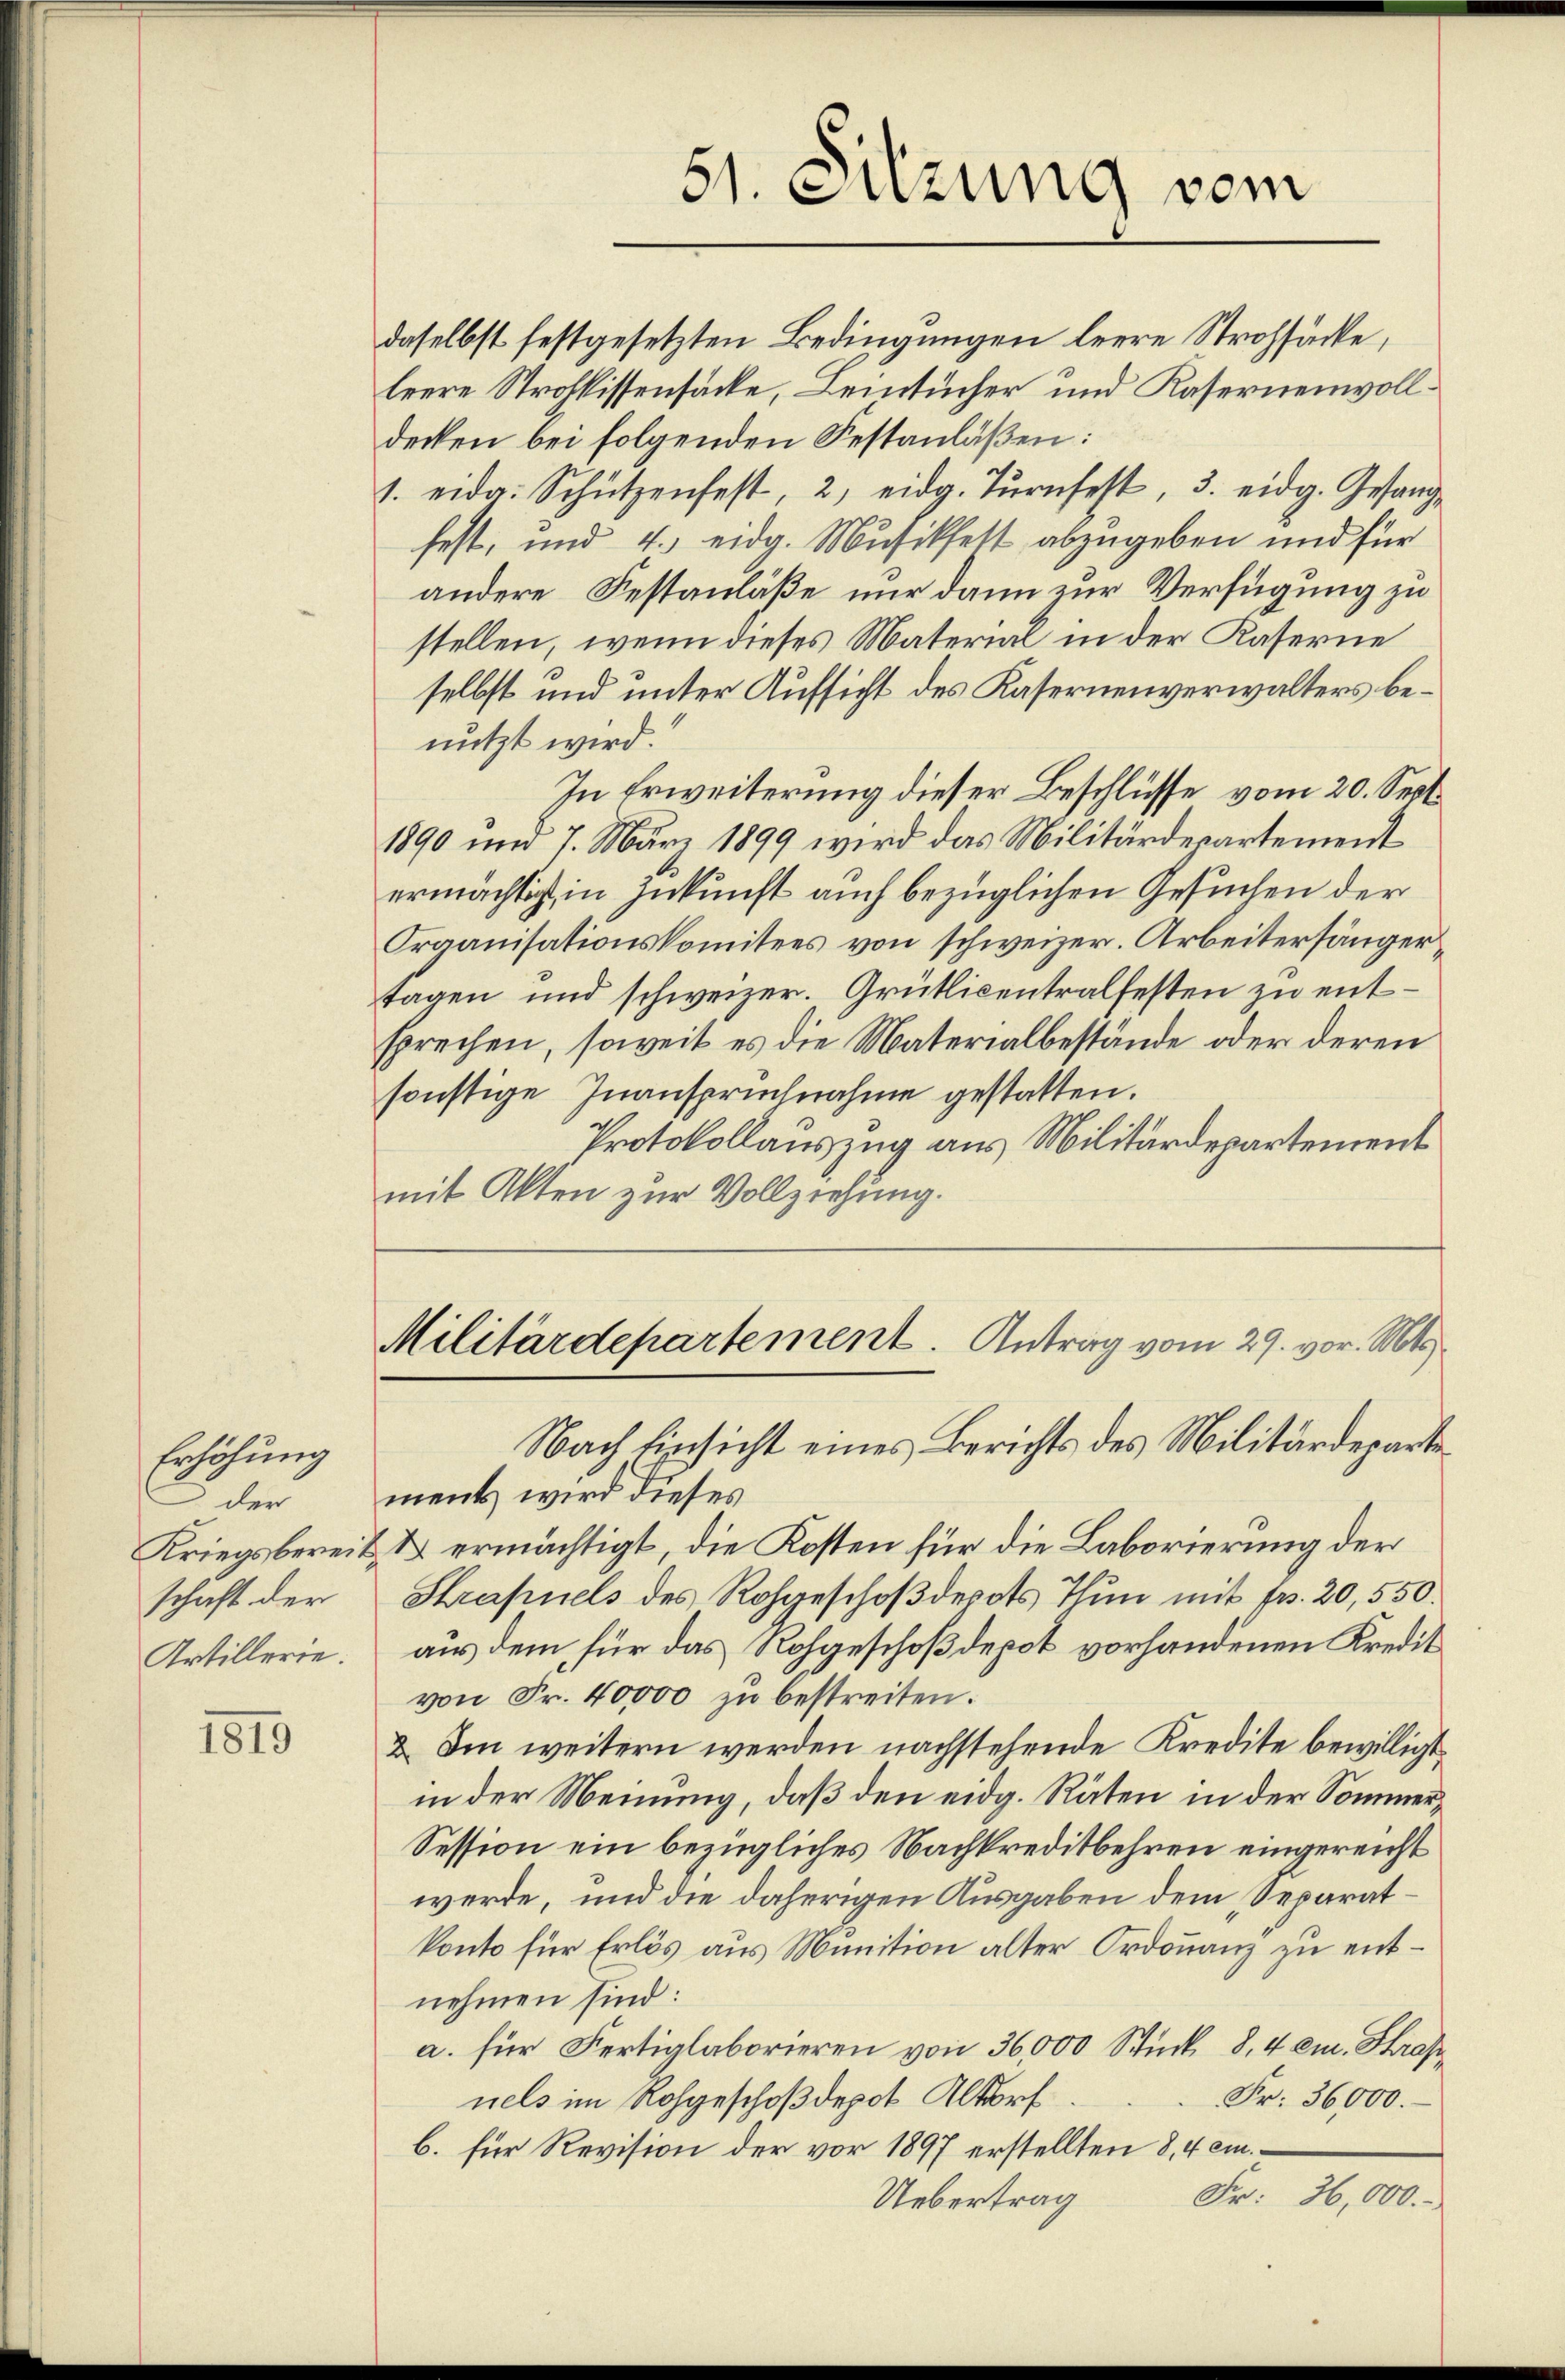
Erhöhung
 der
Kriegsbereit
schaft der
Artillerie.

1819

51. Suzung vom

Militärdepartement. Antrag vom 29. vor. Mts.

daselbst festgesetzten Bedingungen leere Strohsäcke,
leere Strohlissensäcke, Leintücher und Kasernenvolldecken bei folgenden Festanläßen:
1. eid. Schützenfest, 2, eidg. Tŭrnfest, 3. eidg. Gesang-
fest, und 4. eidg. Musikfett abzugeben und für
andere Festanläße nur dann zur Verfügung zu
stellen, wenn dieses Material in der Kaserne
selbst und unter Aufsicht des Kasernenverwalters benutzt wird.
In Erweiterung dieser Beschlüsse vom 20. Sept.
1890 um 7. März 1899 wird das Militärdepartement
ermächtig, in Zukunft auch bezüglichen Gesuchen der
Fraanisationskomitees von schweizer. Arbeitersängertagen und schweizer. Grütlicentralfesten zu entsprechen, soweit es die Materialbestände oder deren
sonstige Inanspruchnahme gestatten.
Protokollauszug aus Militärdepartement
mit Akten zur Vollziehung.

Nach Einsicht eines Berichts des Militärdepartements wird dieses
V ermächtigt, die Kosten für die Laborierung der
Strapuels des Rohgeschoßdepots Thun mit fr. 20,550.
aus dem für das Rohgeschoß depot vorhandenen Kredit
von Fr. 40,000 zu bestreiten.
2. Im weitern werden nachstehende Kredite bewilligt.
in der Meinung, daß den eidg. Räten in der Sommer¬
Session ein bezügliches Nachkreditbehren eingereicht
werde, und die daherigen Ausgaben dem Separatkonto für Erlös aus Munition alter Ordonanz zu entnehmen sind:
a. für Fertiglaborieren von 36,000 Stück 8,4 cm. Strafe
nels im Rohgeschoßdepot Altorf
Fr. 36000.
b. für Revision der vor 1897 erstellten 8,4 em¬
Fr. 26,000.-
Uebertrag